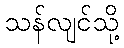
သန်လျင်သို့